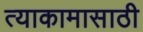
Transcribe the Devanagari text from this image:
त्याकामासाठी